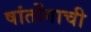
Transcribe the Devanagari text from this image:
षांतोंगाची